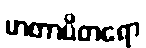
မာတာပိတရော